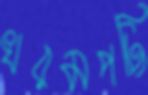
খরমপট্টি